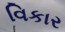
વિકાર